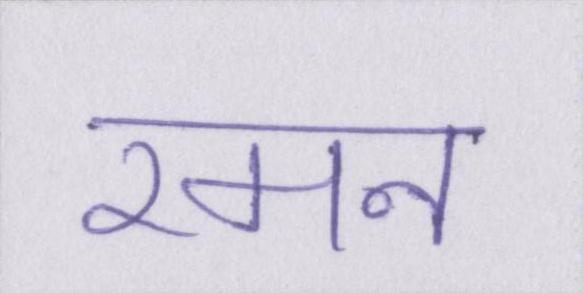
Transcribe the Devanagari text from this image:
रमन